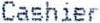
CASHIER